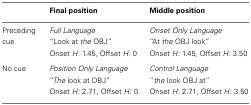
<table><thead><tr><td>[EMPTY_CELL]</td><td><b>Final position</b></td><td><b>Middle position</b></td></tr></thead><tbody><tr><td>Preceding cue</td><td><i>Full Language</i> “Look at <i>the</i> OBJ”Onset <i>H</i>: 1.45, Offset <i>H</i>: 0</td><td><i>Onset Only Language</i> “At <i>the</i> OBJ look”Onset <i>H</i>: 1.45, Offset <i>H</i>: 3.50</td></tr><tr><td>No cue</td><td><i>Position Only Language</i> “<i>The</i> look at OBJ”Onset <i>H</i>: 2.71, Offset <i>H</i>: 0</td><td><i>Control Language</i> “<i>the</i> look OBJ at”Onset <i>H</i>: 2.71, Offset <i>H</i>: 3.50</td></tr></tbody></table>